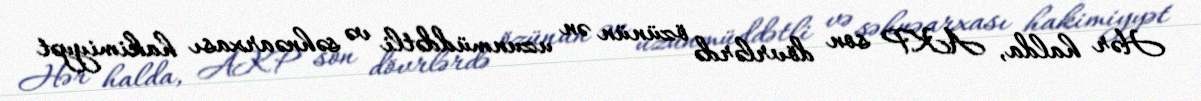
Hər halda, AKP son dövrlərdə özünün ən uzunmüddətli və səhnəarxası hakimiyyət